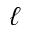
\boldsymbol { \ell }